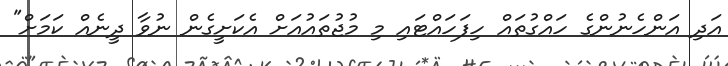
އަދި އަންހެނުންގެ ހައްގުތައް ހިފަަހައްޓައި މި މުޖުތައުއަށް އެކަށީގެން ނުވާ ދީނެއް ކަމަށް"